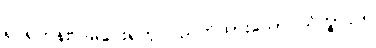
ရှင်ရဟန်းပြုမပေးရဟု ပညတ်ထားသော သိက္ခာပုဒ်။